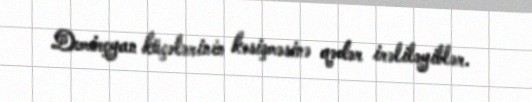
Demirçyan küçələrinin kəsişməsinə qədər irəliləyiblər.